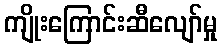
ကျိုးကြောင်းဆီလျော်မှု